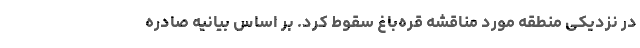
در نزدیکی منطقه مورد مناقشه قره‌باغ سقوط کرد. بر اساس بیانیه صادره